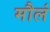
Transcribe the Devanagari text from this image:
मौलं